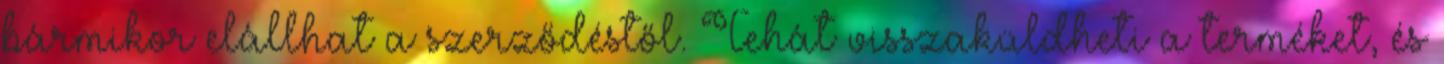
bármikor elállhat a szerződéstől. Tehát visszaküldheti a terméket, és